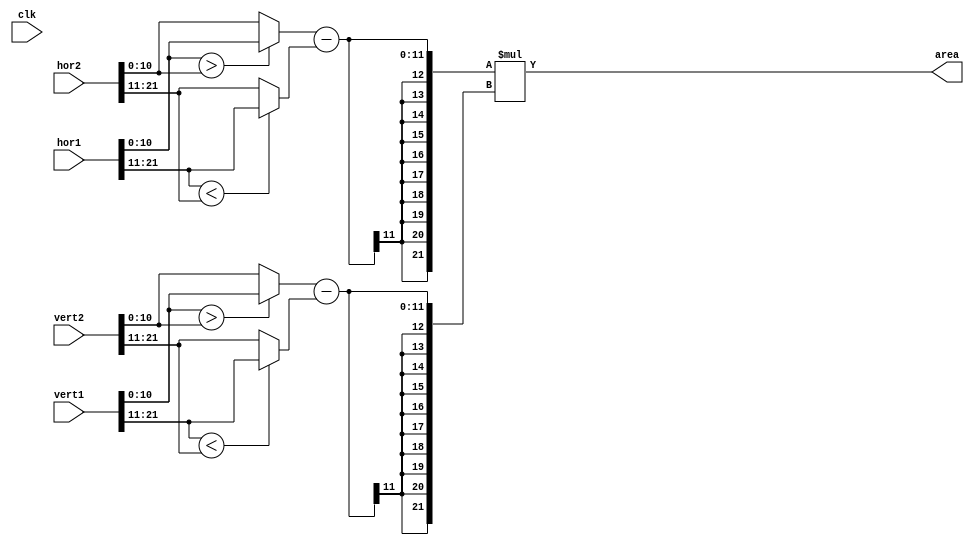
`timescale 1ns / 1ps
//////////////////////////////////////////////////////////////////////////////////
// Company: 
// Engineer: 
// 
// Design Name: 
// Module Name:    bounding_box 
// Project Name: 
// Target Devices: 
// Tool versions: 
// Description: size of bounds created by two tracked points
//
// Dependencies: 
//
// Revision: 
// Revision 0.01 - File Created
// Additional Comments: 
//
//////////////////////////////////////////////////////////////////////////////////

module bounding_box(clk,hor1,vert1,hor2,vert2,area);
	input clk;
	input [21:0] hor1,hor2;
	input [21:0] vert1,vert2;
	output [21:0] area;
	
	// Determine bounds
	wire [10:0] left = (hor1[21:11]<hor2[21:11]) ? hor1[21:11] : hor2[21:11];
	wire [10:0] right = (hor1[10:0]>hor2[10:0]) ? hor1[10:0] : hor2[10:0];
	wire [10:0] top = (vert1[21:11]<vert2[21:11]) ? vert1[21:11] : vert2[21:11];
	wire [10:0] bottom = (vert1[10:0]>vert2[10:0]) ? vert1[10:0] : vert2[10:0];
	
	// Calculate area
	assign area = (right-left)*(bottom-top);

endmodule